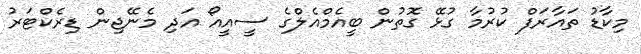
މިކާޑު ތައާރަފް ކުރުމާ ގުޅޭ ގޮތުން ބީއެމްއެލްގެ ސީއީއޯ އަދި މެނޭޖިން ޑިރެކްޓަރު